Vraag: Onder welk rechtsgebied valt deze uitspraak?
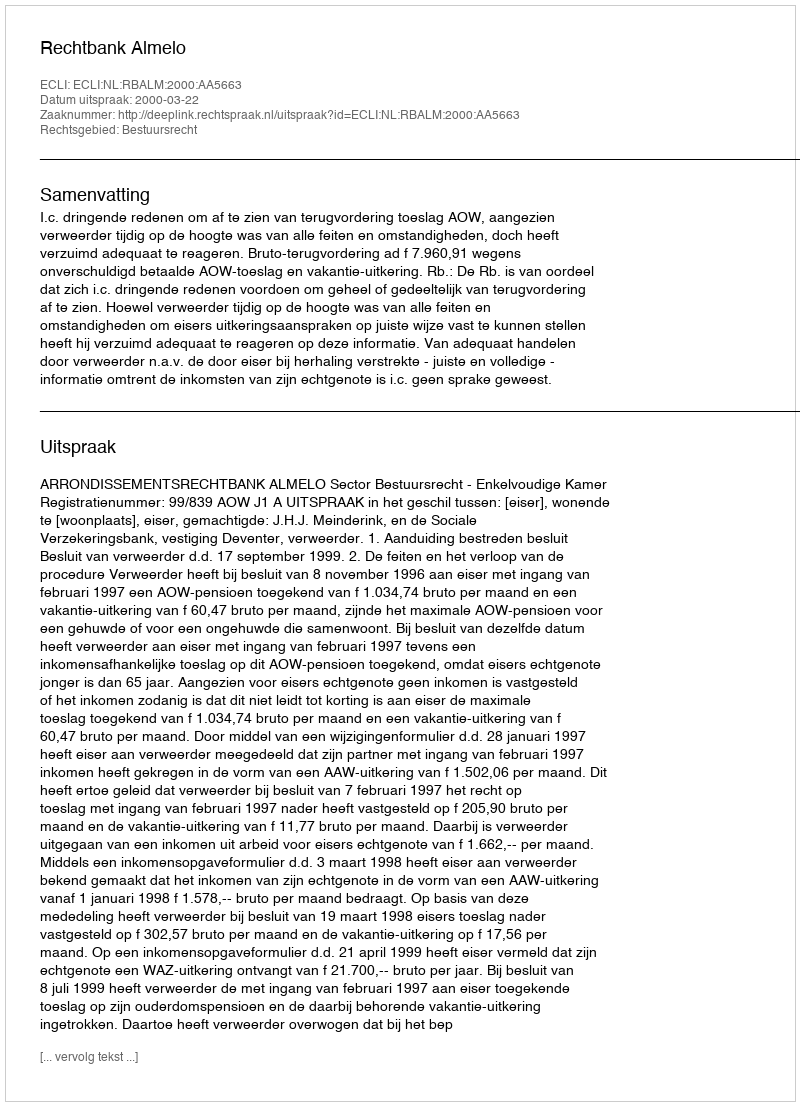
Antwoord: Bestuursrecht